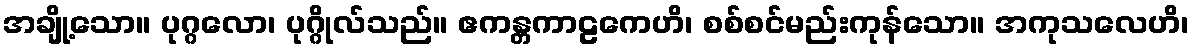
အချို့သော။ ပုဂ္ဂလော၊ ပုဂ္ဂိုလ်သည်။ ဧကန္တကာဠကေဟိ၊ စစ်စင်မည်းကုန်သော။ အကုသလေဟိ၊